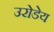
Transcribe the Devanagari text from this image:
उरोडेय